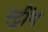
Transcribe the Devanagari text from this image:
स्ट्रींग